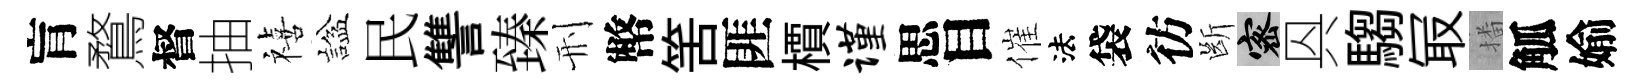
肓鶩督抽禧諡民讐臻刑幣筈匪檟谨思目催法袋彷㫁密㒷騶冣播觚媮